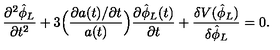
\frac { \partial ^ { 2 } \hat { \phi } _ { L } } { \partial t ^ { 2 } } + 3 \Bigl ( \frac { \partial a ( t ) / \partial t } { a ( t ) } \Bigr ) \frac { \partial \hat { \phi } _ { L } ( t ) } { \partial t } + \frac { \delta V ( \hat { \phi } _ { L } ) } { \delta \hat { \phi } _ { L } } = 0 .